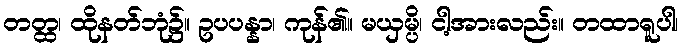
တတ္ထ၊ ထိုနတ်ဘုံ၌။ ဥပပန္နာ၊ ကုန်၏။ မယှမ္ပိ၊ ငါ့အားလည်း။ တထာရူပါ၊